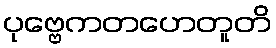
ပုဗ္ဗေကတဟေတူတိ